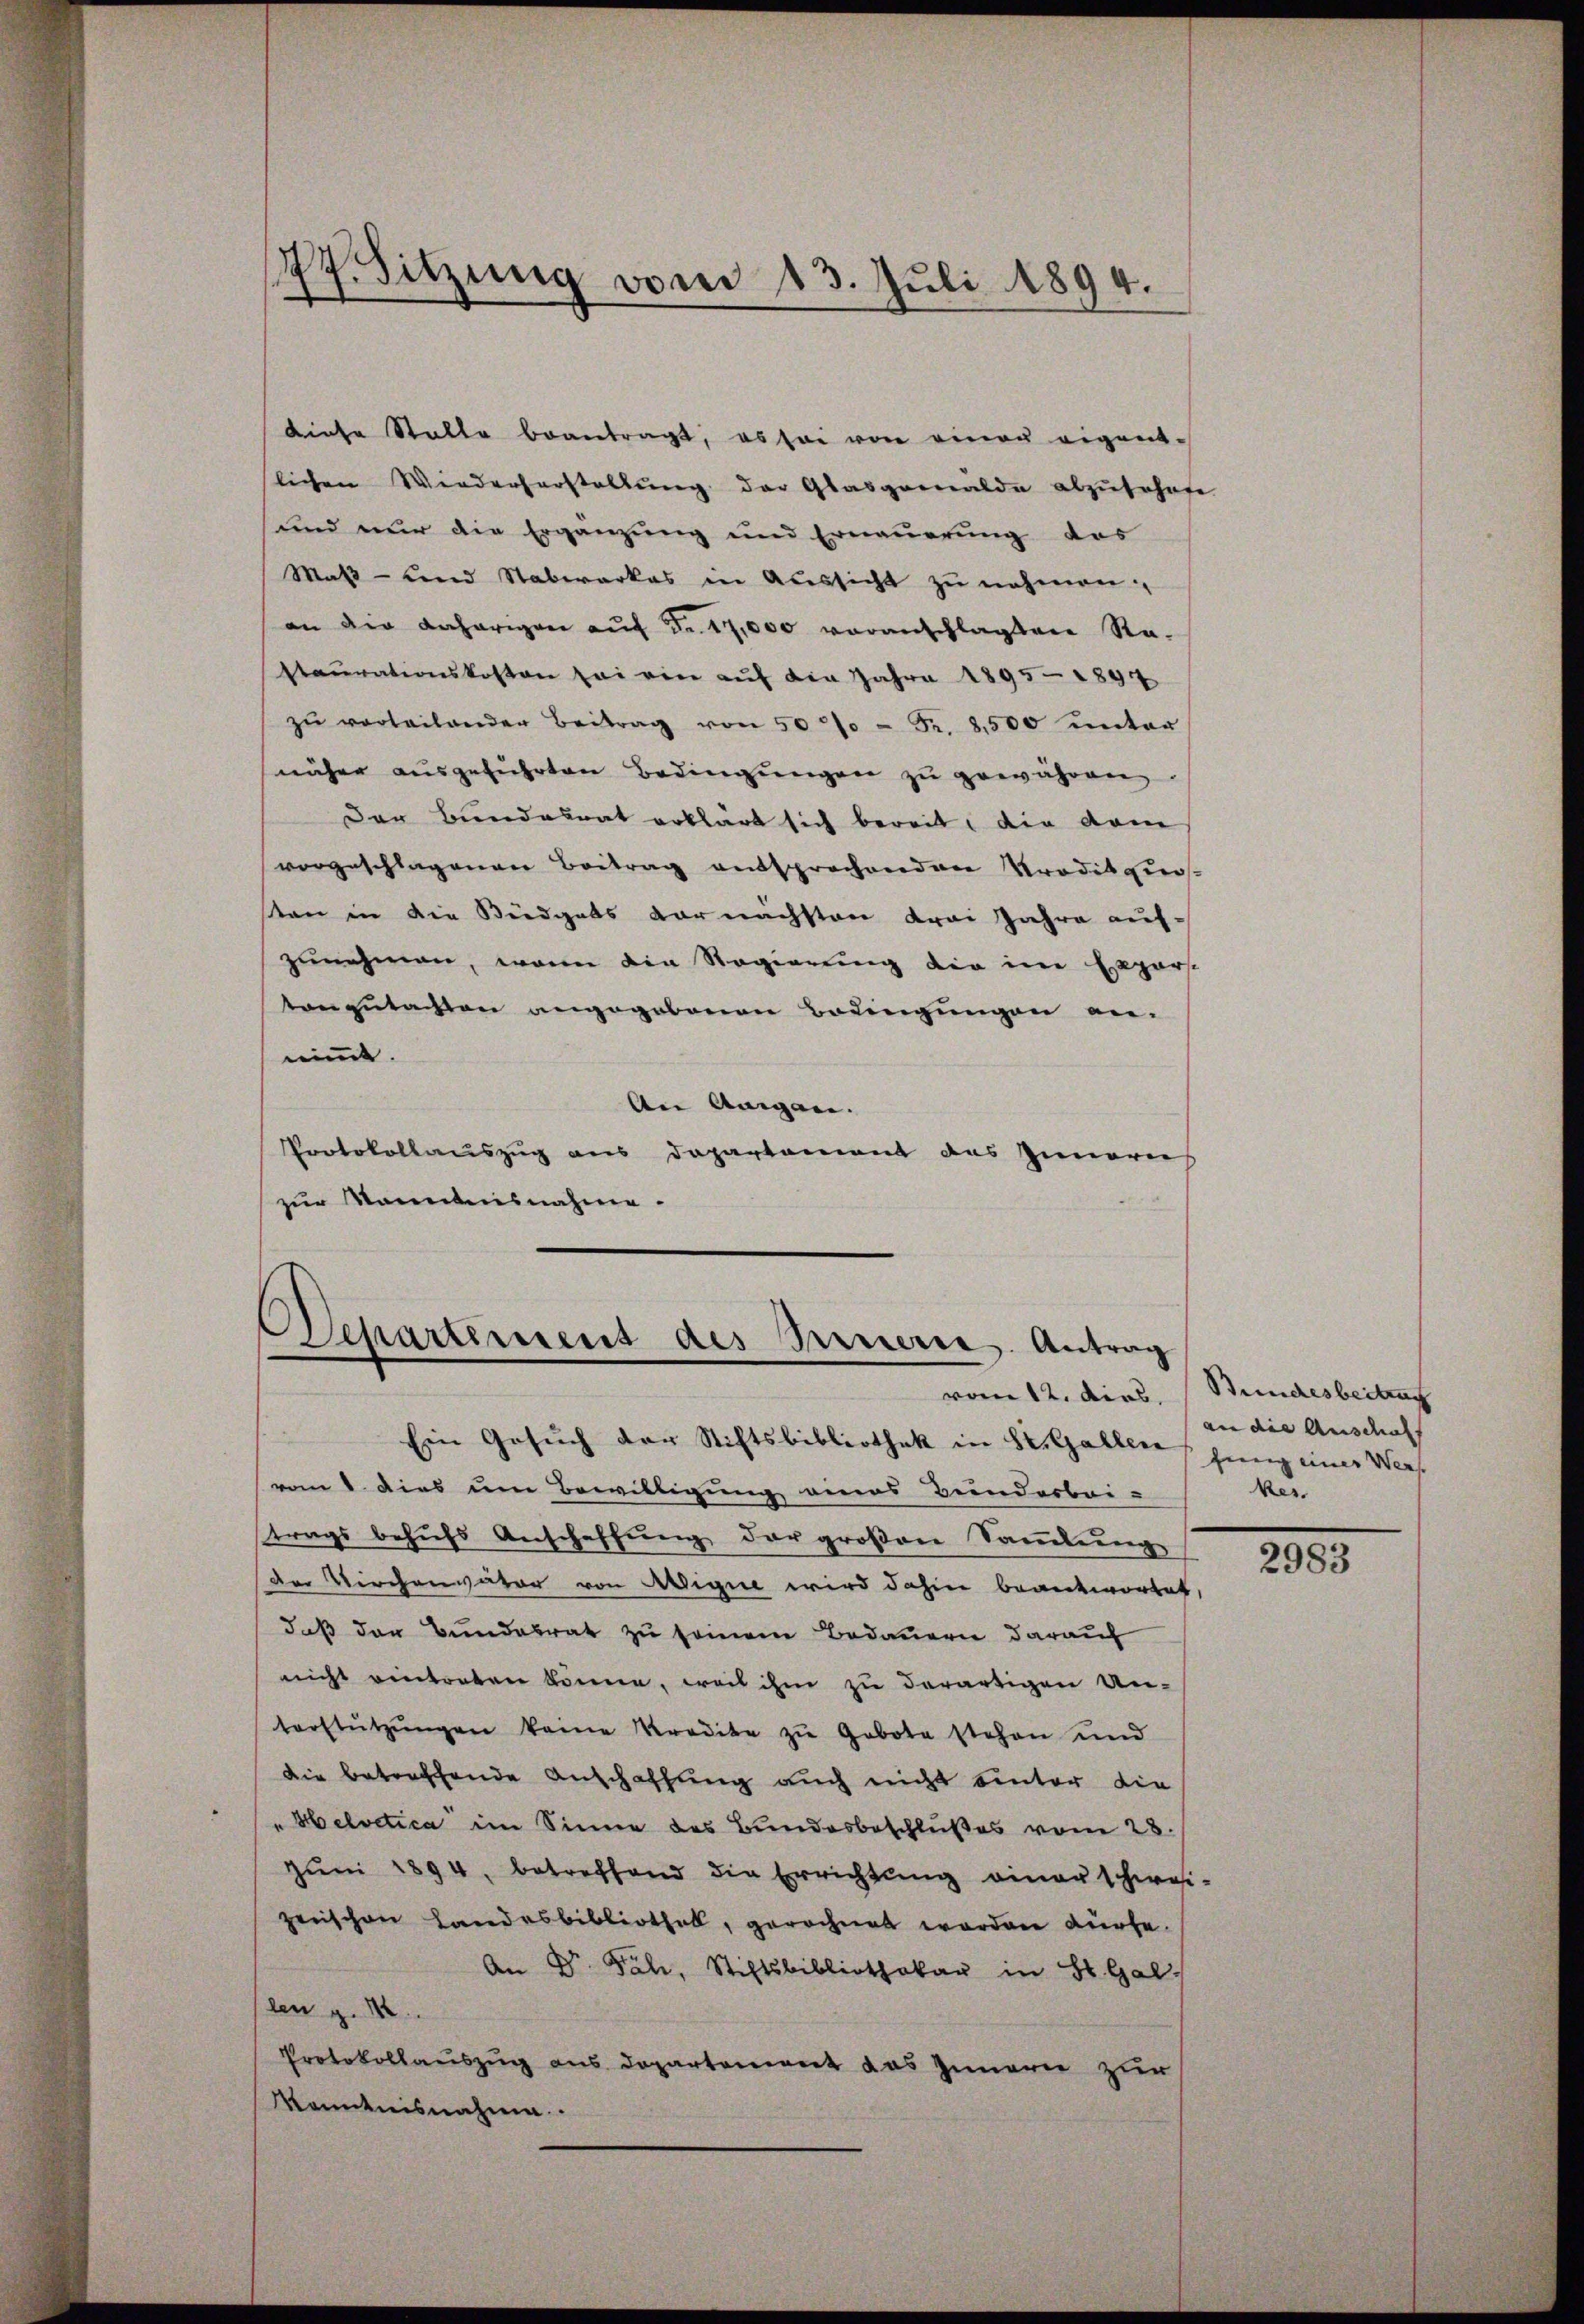
.
47. Sitzung vom 13. Juli 1894.

diese Stalle beantragt, es sei von einer eigent-
lichen Wiederherstaltung der Glasgemälde abzufahrte.
und nur die Ergänzung und Erneuerung des
Maß- und Stabwerkes in Aussicht zu nehmenan die daherigen auf Fr. 17,000 voranschlagten Rastaurationskosten sei vier auf die Jahre 1895 - 1894
zŭ vertailander Beitrag von 50% = Fr. 8500 unter
näher ausgeführten Bedingungen zu gewähren.
Der Bundesrat erklärt sich bereit, die vom
vorgeschlagenen Beitrag entsprochenden Prodikquos
sten in die Büdgets der nächsten drei Jahre aufzunehmen, wenn die Regierung die im Expors
tonzutagen angegebenen Bedingungen an.
nimmt.
An Aargau.
Protokollauszug aus Departement des Innern
zur Manntnisnahme.

Schartemens des Bernere Antrag

Ein Gesuch der Stiftsbibliothek in St. Gallen jung einer Wers
vom 1. Dies um Bewilligung eines Bunderbei-
trags behufs Anschaffung der großen Sammlung
der Kirchenvater von Aigne wird dahin beantwortet,
daß der Bundesrat zu seinem Bedauern darauf
nicht eintreten könne, weil ihm zu derartigen Un-
terstützŭngen keine Kredite zŭ Gebote stehen und
Die betreffende Anschaffung auch nicht vinter die
" Helvetica im Sinne des Bundesbeschlußes vom 28.
Jŭni 1894, betreffend die Errichtŭng einerschwei-
zenschen Landesbibliothek, gerechnet worden dürfe.
An Dr Fäh, Stiftsbibliothekar in St. Gal
len z. B.
Protokollauszug aus Departement das Innern zur
Kenntnisnahme.

vom 12. dies. Stundesbeitrag
an die Ausdalf
kur

2983